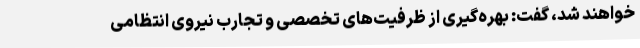
خواهند شد، گفت: بهره‌گیری از ظرفیت‌های تخصصی و تجارب نیروی انتظامی